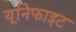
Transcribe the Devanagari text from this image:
यूनिफाइट